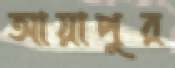
আয়াপুর